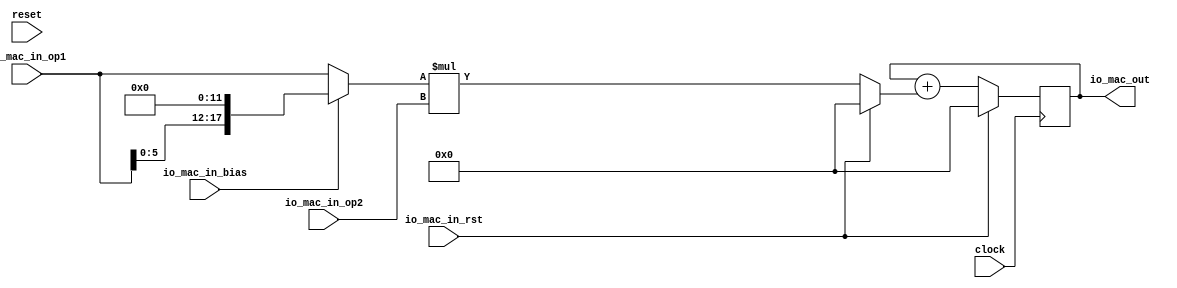
module MultiplyAccumulate(
  input         clock,
  input         reset,
  input         io_mac_in_rst,
  input  [17:0] io_mac_in_op1,
  input  [17:0] io_mac_in_op2,
  input         io_mac_in_bias,
  output [35:0] io_mac_out
);
`ifdef RANDOMIZE_REG_INIT
  reg [63:0] _RAND_0;
`endif // RANDOMIZE_REG_INIT
  reg [35:0] acc; // @[mac.scala 28:18]
  wire [29:0] _op1_T = {$signed(io_mac_in_op1), 12'h0}; // @[mac.scala 33:30]
  wire [29:0] _GEN_0 = io_mac_in_bias ? $signed(_op1_T) : $signed({{12{io_mac_in_op1[17]}},io_mac_in_op1}); // @[mac.scala 32:27 33:13 36:13]
  wire [17:0] op1 = _GEN_0[17:0]; // @[mac.scala 25:19]
  wire [35:0] _multiply_T = $signed(op1) * $signed(io_mac_in_op2); // @[mac.scala 43:32]
  wire [35:0] multiply = io_mac_in_rst ? $signed(36'sh0) : $signed(_multiply_T); // @[mac.scala 30:14 39:25 43:18]
  wire [35:0] _acc_T_2 = $signed(acc) + $signed(multiply); // @[mac.scala 44:20]
  assign io_mac_out = acc; // @[mac.scala 47:16]
  always @(posedge clock) begin
    if (io_mac_in_rst) begin // @[mac.scala 39:25]
      acc <= 36'sh0; // @[mac.scala 40:13]
    end else begin
      acc <= _acc_T_2; // @[mac.scala 44:13]
    end
  end
// Register and memory initialization
`ifdef RANDOMIZE_GARBAGE_ASSIGN
`define RANDOMIZE
`endif
`ifdef RANDOMIZE_INVALID_ASSIGN
`define RANDOMIZE
`endif
`ifdef RANDOMIZE_REG_INIT
`define RANDOMIZE
`endif
`ifdef RANDOMIZE_MEM_INIT
`define RANDOMIZE
`endif
`ifndef RANDOM
`define RANDOM $random
`endif
`ifdef RANDOMIZE_MEM_INIT
  integer initvar;
`endif
`ifndef SYNTHESIS
`ifdef FIRRTL_BEFORE_INITIAL
`FIRRTL_BEFORE_INITIAL
`endif
initial begin
  `ifdef RANDOMIZE
    `ifdef INIT_RANDOM
      `INIT_RANDOM
    `endif
    `ifndef VERILATOR
      `ifdef RANDOMIZE_DELAY
        #`RANDOMIZE_DELAY begin end
      `else
        #0.002 begin end
      `endif
    `endif
`ifdef RANDOMIZE_REG_INIT
  _RAND_0 = {2{`RANDOM}};
  acc = _RAND_0[35:0];
`endif // RANDOMIZE_REG_INIT
  `endif // RANDOMIZE
end // initial
`ifdef FIRRTL_AFTER_INITIAL
`FIRRTL_AFTER_INITIAL
`endif
`endif // SYNTHESIS
endmodule